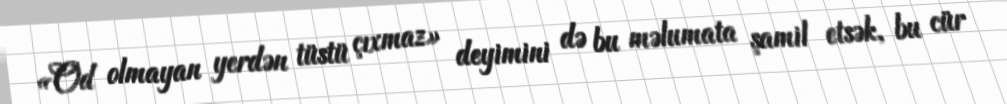
«Od olmayan yerdən tüstü çıxmaz» deyimini də bu məlumata şamil etsək, bu cür